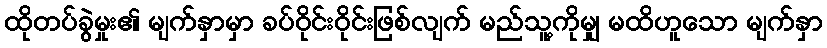
ထိုတပ်ခွဲမှုး၏ မျက်နှာမှာ ခပ်ဝိုင်းဝိုင်းဖြစ်လျက် မည်သူ့ကိုမျှ မထိဟူသော မျက်နှာ